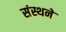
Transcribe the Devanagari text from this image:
संस्थने